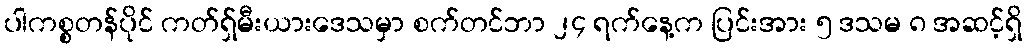
ပါကစ္စတန်ပိုင် ကတ်ရှ်မီးယားဒေသမှာ စက်တင်ဘာ ၂၄ ရက်နေ့က ပြင်းအား ၅ ဒသမ ၈ အဆင့်ရှိ